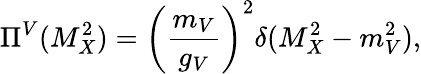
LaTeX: \Pi^{V}(M_{X}^{2})=\left(\frac{m_{V}}{g_{V}}\right)^{2}\delta(M_{X}^{2}-m_{V}^{2}),